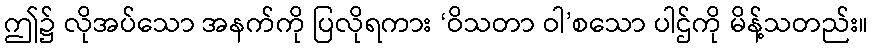
ဤ၌ လိုအပ်သော အနက်ကို ပြလိုရကား ‘ဝိသတာ ဝါ’စသော ပါဌ်ကို မိန့်သတည်း။